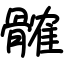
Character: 髉